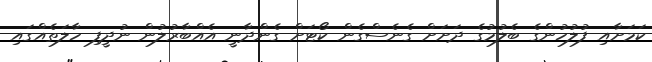
ކަމަށާއި ފުލުހުންގެ ބެލުމުގެ ދަށަށް ގެނެސްގެން ކޯޓަށް ގެންދާނީ އެއްބާރުލުން ނުދީފި ހާލަތެއްގައި